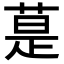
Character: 𦳚